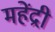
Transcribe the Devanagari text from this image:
महेंद्री